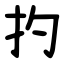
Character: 扚